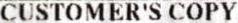
CUSTOMER'S COPY